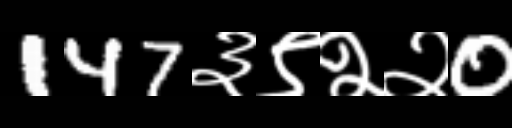
Text: 147३९२२0